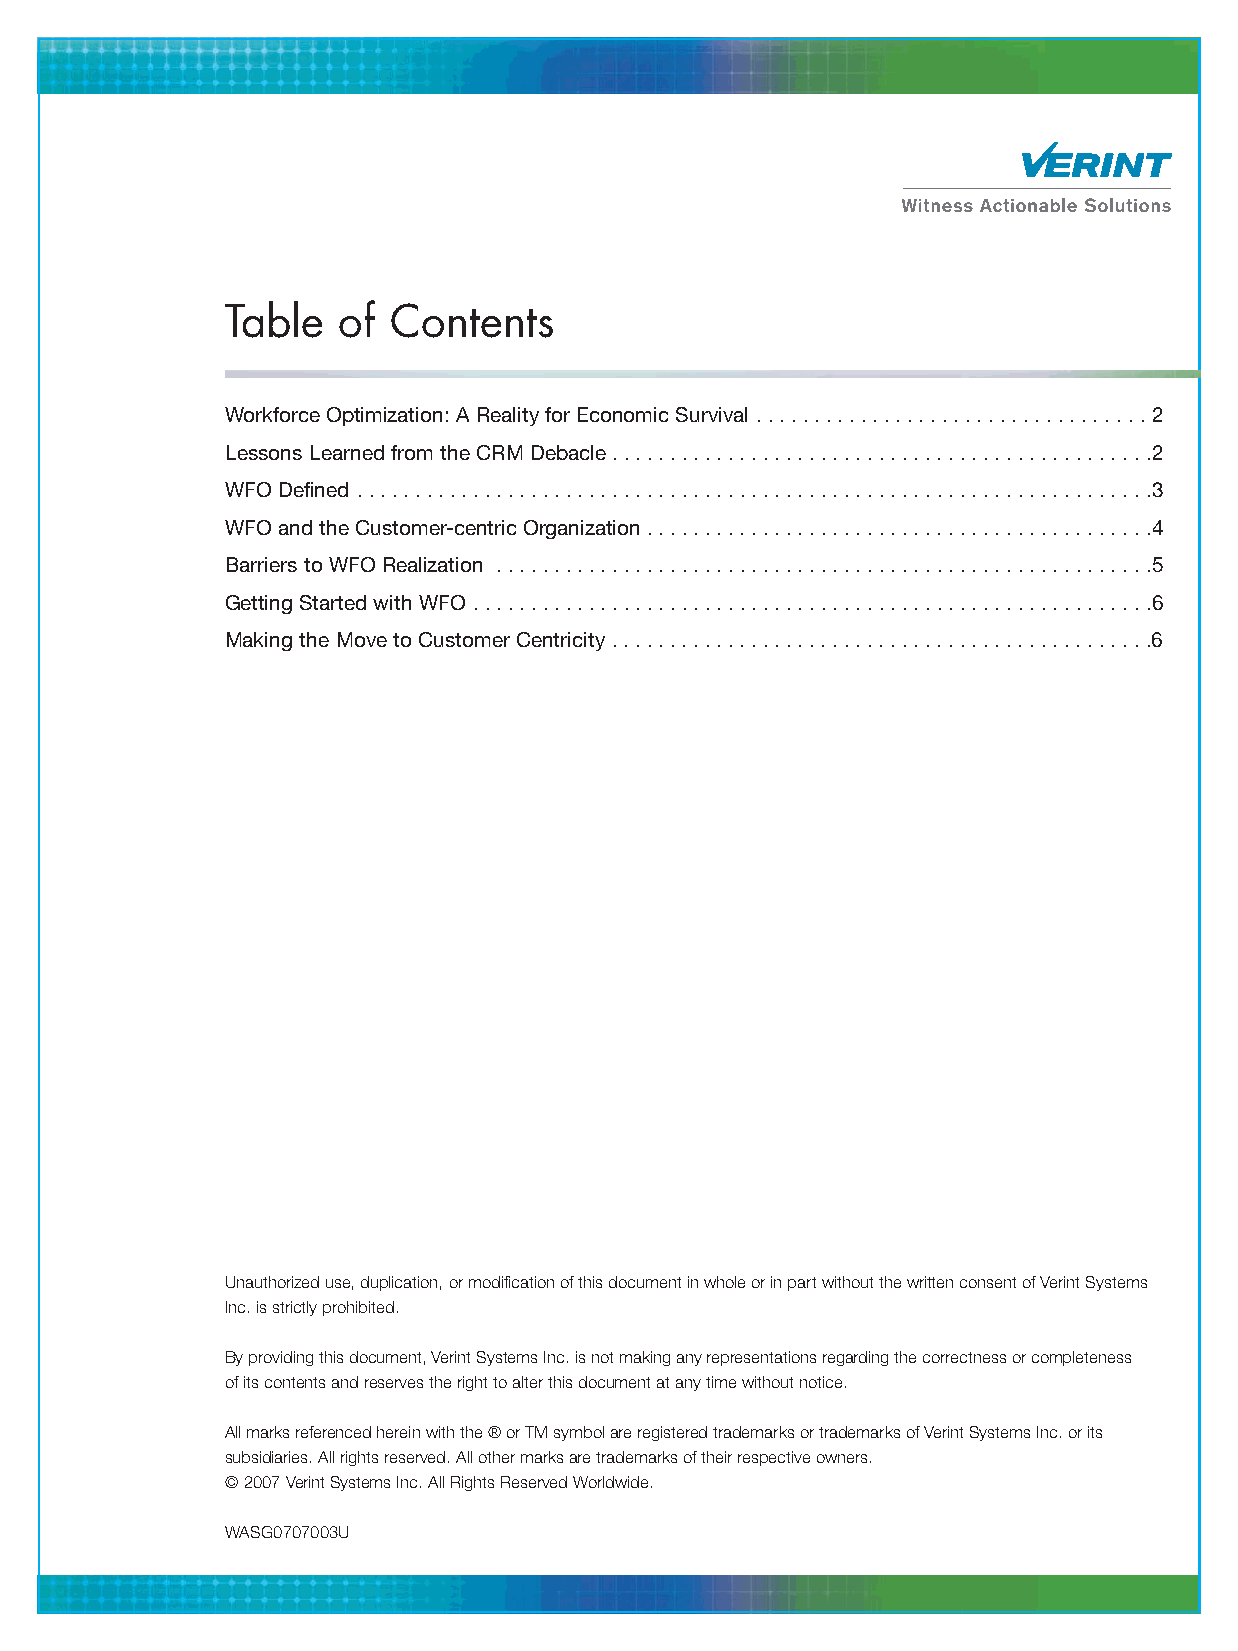
Table  of  Contents
 Workforce Optimization: A Reality for Economic Survival . . . . . . . . . . . . . . . . . . . . . . . . . . . . . . . . . . 2
 Lessons Learned from the CRM Debacle . . . . . . . . . . . . . . . . . . . . . . . . . . . . . . . . . . . . . . . . . . . . . . .2
 WFO Defined . . . . . . . . . . . . . . . . . . . . . . . . . . . . . . . . . . . . . . . . . . . . . . . . . . . . . . . . . . . . . . . . . . . . .3
 WFO and the Customer-centric Organization . . . . . . . . . . . . . . . . . . . . . . . . . . . . . . . . . . . . . . . . . . . .4
 Barriers to WFO Realization . . . . . . . . . . . . . . . . . . . . . . . . . . . . . . . . . . . . . . . . . . . . . . . . . . . . . . . . .5
 Getting Started with WFO . . . . . . . . . . . . . . . . . . . . . . . . . . . . . . . . . . . . . . . . . . . . . . . . . . . . . . . . . . .6
 Making the Move to Customer Centricity . . . . . . . . . . . . . . . . . . . . . . . . . . . . . . . . . . . . . . . . . . . . . . .6
 Unauthorized use, duplication, or modification of this document in whole or in part without the written consent of Verint Systems
 Inc. is strictly prohibited.
 By providing this document, Verint Systems Inc. is not making any representations regarding the correctness or completeness
 of its contents and reserves the right to alter this document at any time without notice.
 All marks referenced herein with the ® or TM symbol are registered trademarks or trademarks of Verint Systems Inc. or its
 subsidiaries. All rights reserved. All other marks are trademarks of their respective owners.
 ©2007 Verint Systems Inc. All Rights Reserved Worldwide.
 WASG0707003U